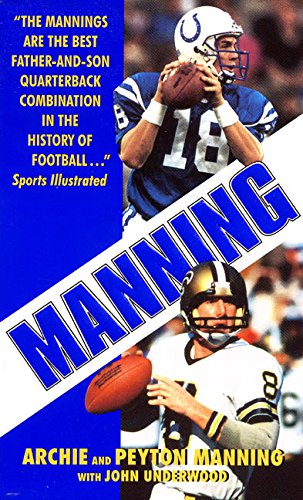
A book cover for Manning; Peyton Manning; Biographies & Memoirs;